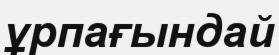
ұрпағындай